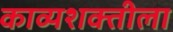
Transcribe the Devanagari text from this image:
काव्यशक्तीला